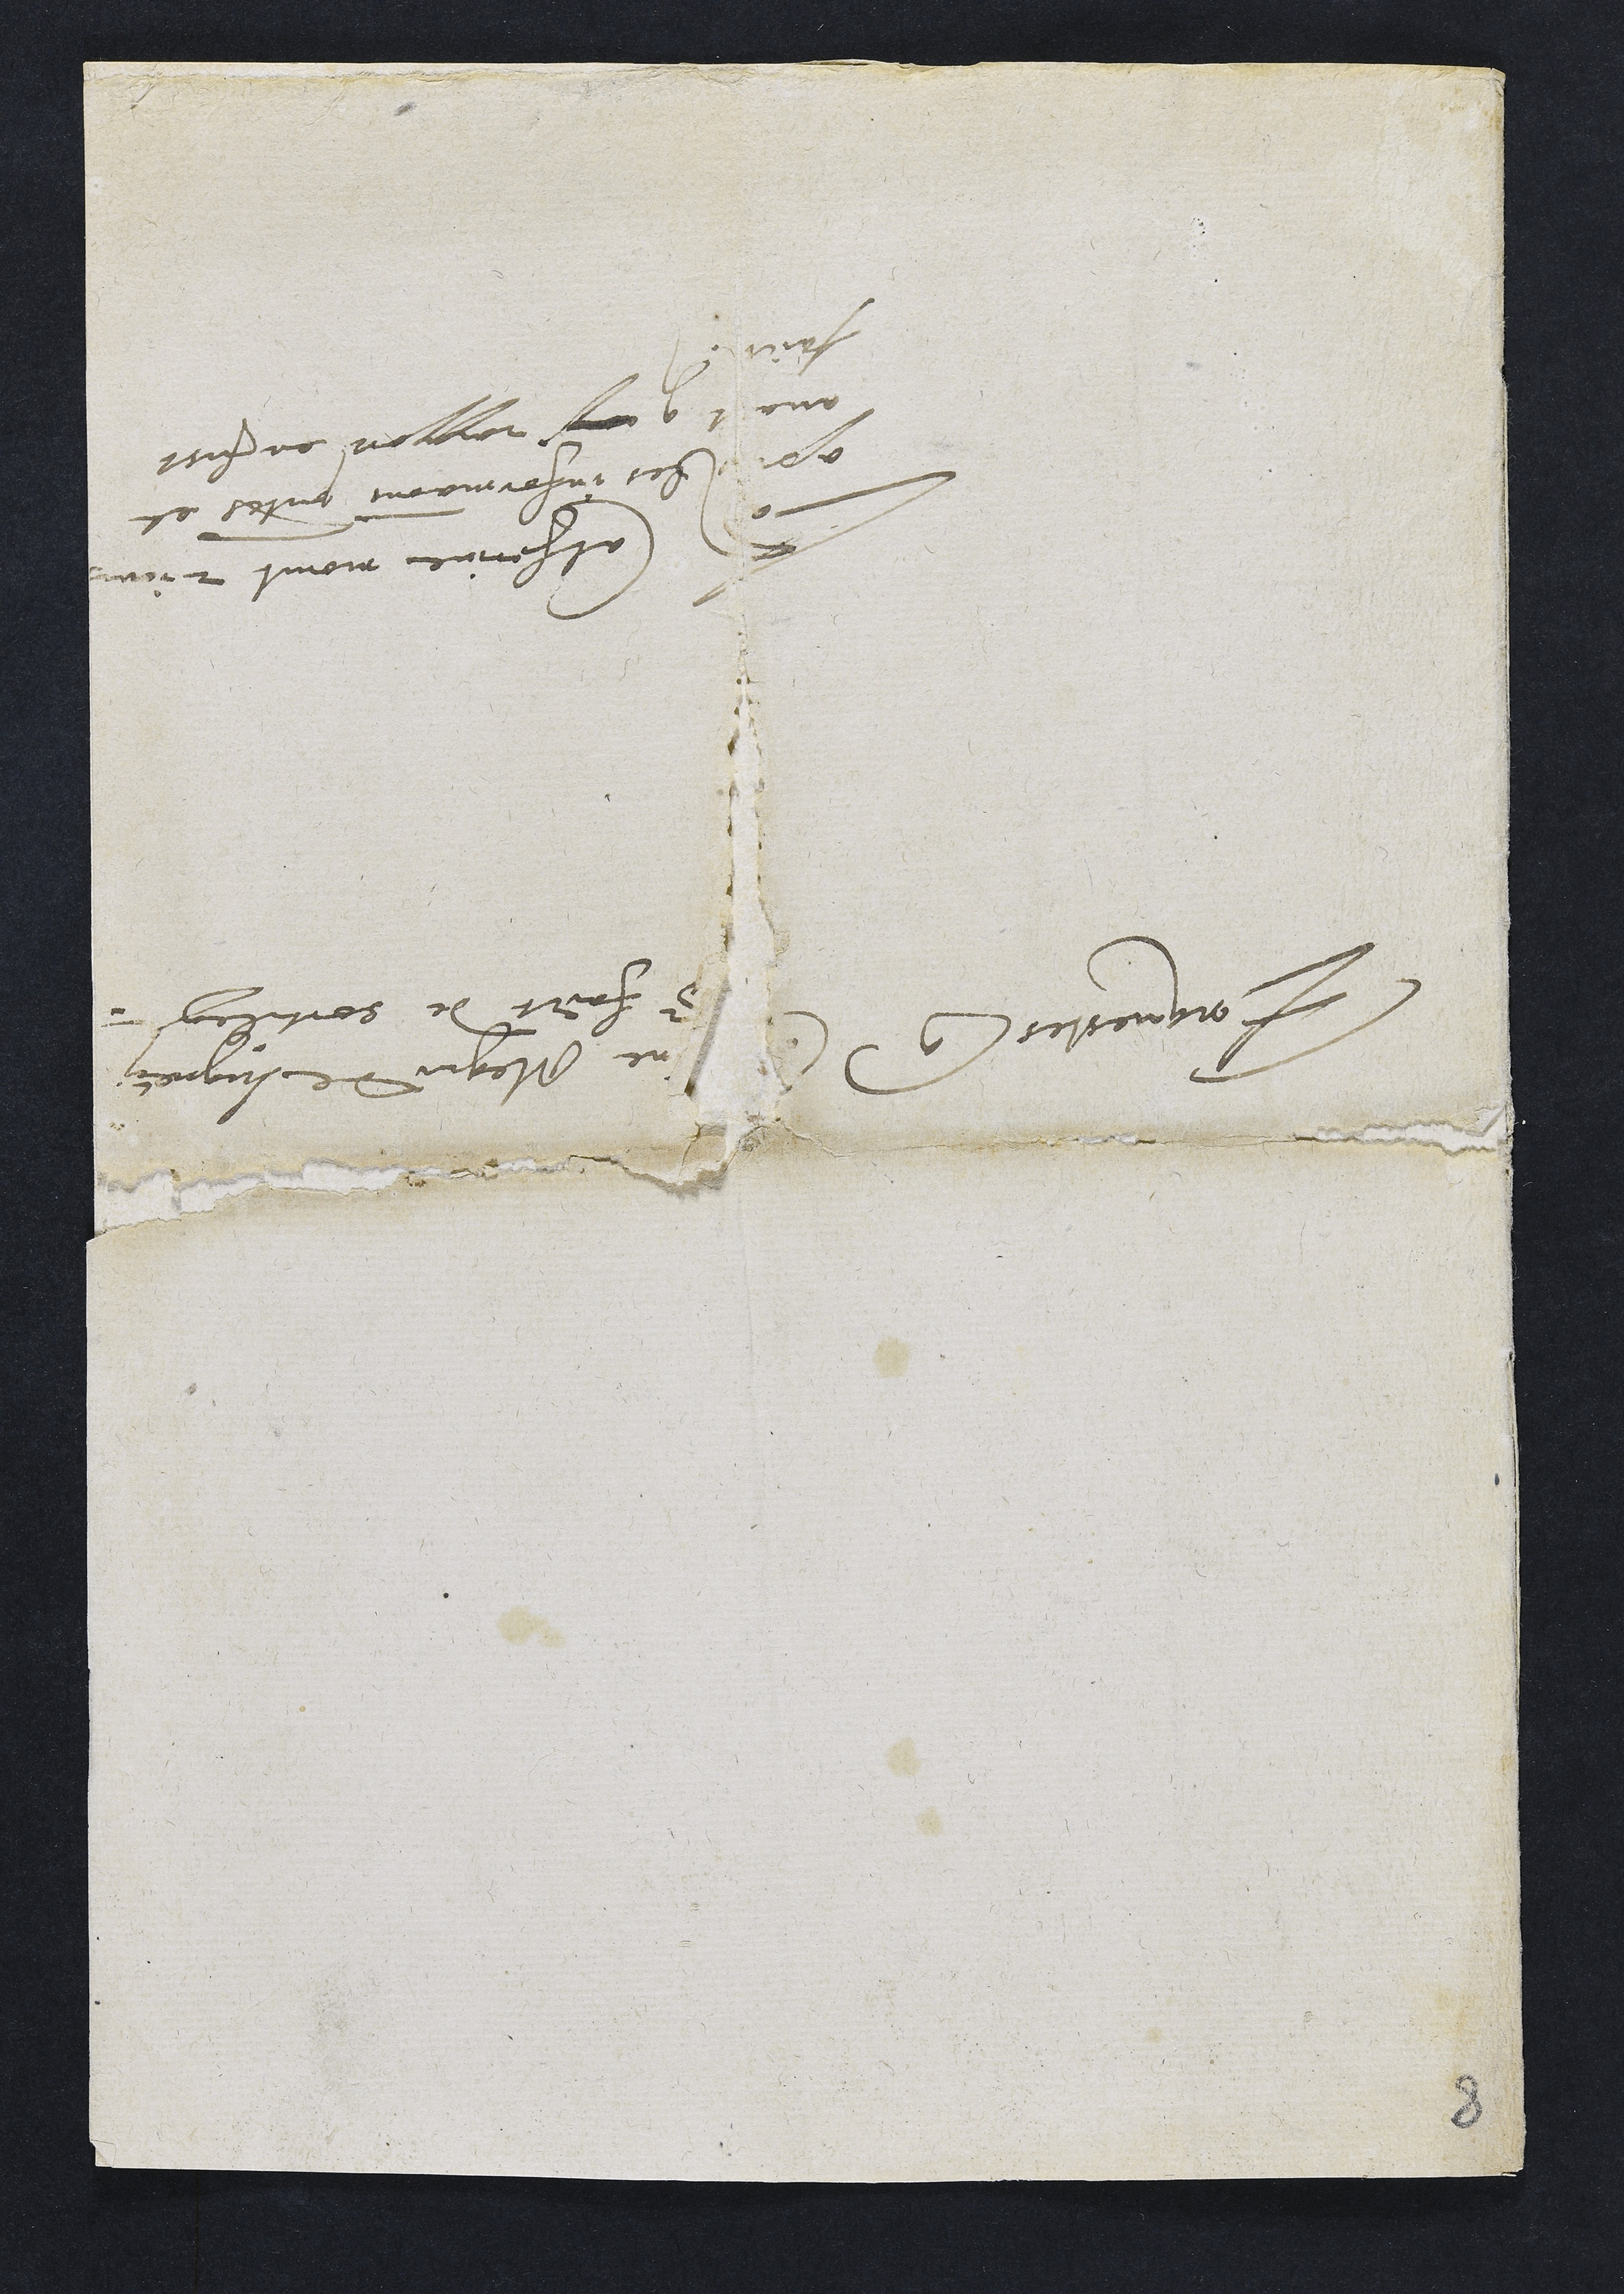
Enquestes contre
Catherine Megni de Lugney
pour faict de sortilege
Ladite Catherine morut 2 jour
apres les informations presentes et
avant que ras rapport en fust
faict.